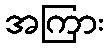
အကြား